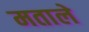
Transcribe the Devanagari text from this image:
मताले